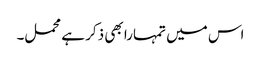
اس میں تمہارا بھی ذکر ہے محمل۔